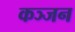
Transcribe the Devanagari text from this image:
कञ्जन